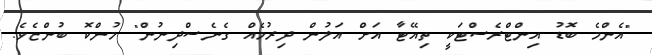
"އެންމެ ބޮޑު އިންޓްރެސްޓަކީ ތިއޭޓާ އަށް އަލުން ދިރުމެއް ގެނެސްދިނުން" މުންކޮ ބުންޏެވެ.